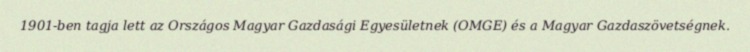
1901-ben tagja lett az Országos Magyar Gazdasági Egyesületnek (OMGE) és a Magyar Gazdaszövetségnek.